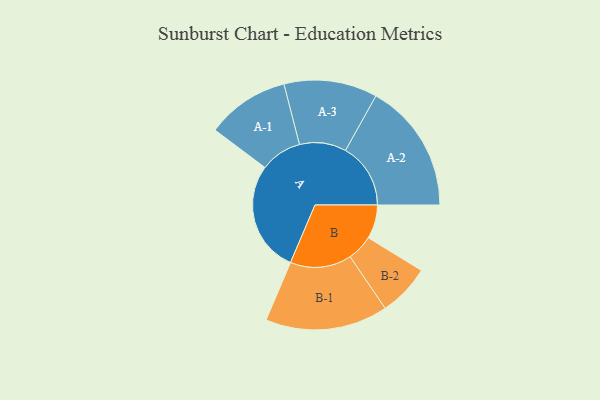
{"axis": {"x": "Segment", "y": "Value"}, "legend": ["", "A", "B"], "data": [{"x": "A", "y": 493, "type": ""}, {"x": "B", "y": 150, "type": ""}, {"x": "A-1", "y": 184, "type": "A"}, {"x": "A-2", "y": 289, "type": "A"}, {"x": "A-3", "y": 207, "type": "A"}, {"x": "B-1", "y": 272, "type": "B"}, {"x": "B-2", "y": 115, "type": "B"}]}